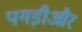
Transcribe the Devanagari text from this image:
पगड़ीऔर